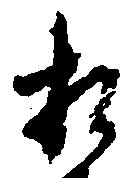
相